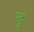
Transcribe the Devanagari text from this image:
न्दु